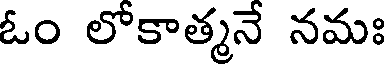
ఓం లోకాత్మనే నమః